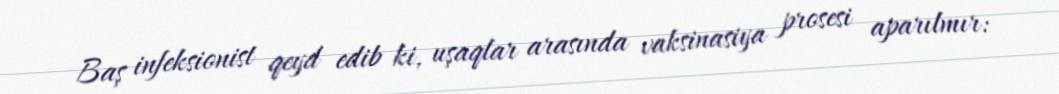
Baş infeksionist qeyd edib ki, uşaqlar arasında vaksinasiya prosesi aparılmır: